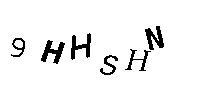
9HHSHN